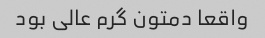
واقعا دمتون گرم عالی بود